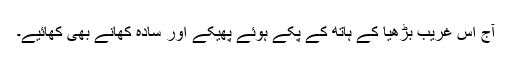
آج اس غریب بڑھیا کے ہاتھ کے پکے ہوئے پھیکے اور سادہ کھانے بھی کھائیے۔